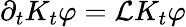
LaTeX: \partial_{t}K_{t}\varphi=\mathcal{L}K_{t}\varphi